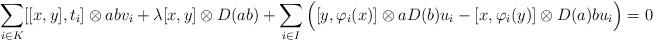
LaTeX: \begin{align*} \sum_{i\in K} [[x,y],t_i] \otimes abv_i + \lambda[x,y] \otimes D(ab)+ \sum_{i\in I} \Big([y,\varphi_i(x)] \otimes aD(b)u_i - [x,\varphi_i(y)] \otimes D(a)bu_i\Big)= 0\end{align*}